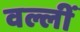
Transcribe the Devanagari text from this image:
वल्लीं